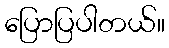
ပြောပြပါတယ်။